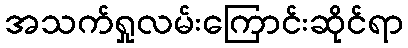
အသက်ရှုလမ်းကြောင်းဆိုင်ရာ